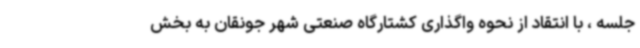
جلسه ، با انتقاد از نحوه واگذاری کشتارگاه صنعتی شهر جونقان به بخش